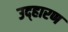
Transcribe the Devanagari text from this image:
उद्हारण